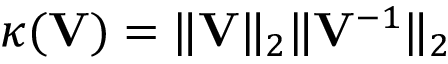
\kappa ( \mathbf { V } ) = \| \mathbf { V } \| _ { 2 } \| \mathbf { V } ^ { - 1 } \| _ { 2 }